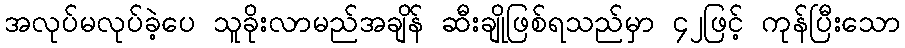
အလုပ်မလုပ်ခဲ့ပေ သူခိုးလာမည်အချိန် ဆီးချိုဖြစ်ရသည်မှာ ၄၂ဖြင့် ကုန်ပြီးသော